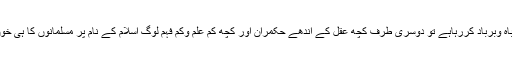
ایک طرف سے عالم کفر مسلمان ملکوں پر حملے کرکے تباہ وبرباد کررہاہے تو دوسری طرف کچھ عقل کے اندھے حکمران اور کچھ کم علم وکم فہم لوگ اسلام کے نام پر مسلمانوں کا ہی خون کررہے ہیں اور فساد فی الارض کا موجب بن رہے ہیں ۔